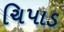
ચિપાડ